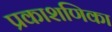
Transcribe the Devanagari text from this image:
प्रकाशणिका